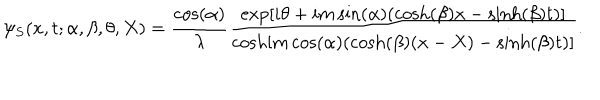
\psi _ { S } ( x , t ; \alpha , \beta , \theta , X ) = \frac { \cos ( \alpha ) } { \lambda } \frac { \exp \left[ i \theta + i m \sin ( \alpha ) ( \cosh ( \beta ) x - \sinh ( \beta ) t ) \right] } { \cosh \left[ m \cos ( \alpha ) ( \cosh ( \beta ) ( x - X ) - \sinh ( \beta ) t ) \right] } .